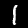
Label: 1